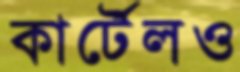
কার্টেলও